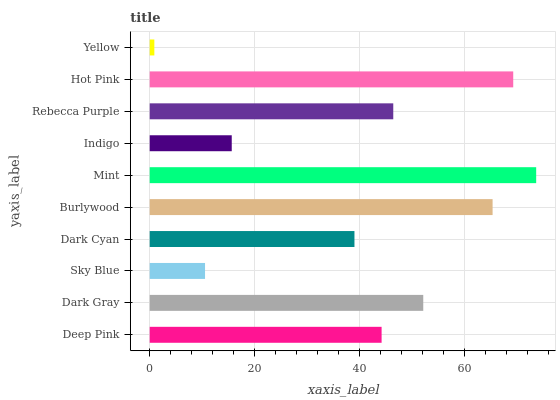
| yaxis_label | bars |
 | --- | --- |
 | Deep Pink | 44.2 |
 | Dark Gray | 52.2 |
 | Sky Blue | 10.6 |
 | Dark Cyan | 39 |
 | Burlywood | 65.4 |
 | Mint | 73.7 |
 | Indigo | 15.6 |
 | Rebecca Purple | 46.5 |
 | Hot Pink | 69.3 |
 | Yellow | 0.883 |